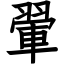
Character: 翬